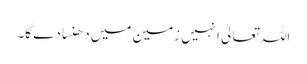
اللہ تعالیٰ انہیں زمین میں دھنسا دے گا۔